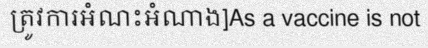
ត្រូវការអំណះអំណាង]As a vaccine is not